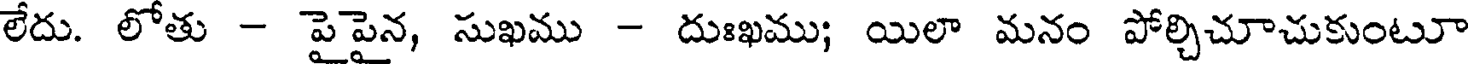
లేదు. లోతు - పైపైన, సుఖము - దుఃఖము; యిలా మనం పోర్చిచూచుకుంటూ